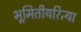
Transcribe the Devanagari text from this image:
भूमितीयरित्या